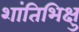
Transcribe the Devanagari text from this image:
शांतिभिक्षु